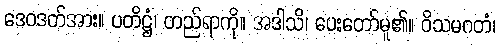
ဒေဝဒတ်အား။ ပတိဋ္ဌံ၊ တည်ရာကို။ အဒါသိ၊ ပေးတော်မူ၏။ ဝိသမဂတံ၊